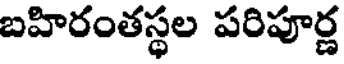
బహిరంతస్థల పరిపూర్ణ